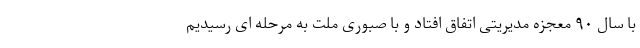
با سال ۹۰ معجزه مدیریتی اتفاق افتاد و با صبوری ملت به مرحله ای رسیدیم